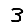
Digit: 3